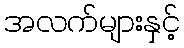
အလက်များနှင့်